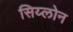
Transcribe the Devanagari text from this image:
सिय्लोन